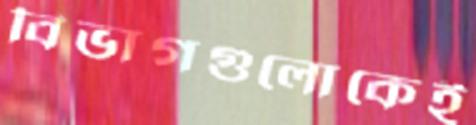
বিভাগগুলোকেই